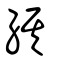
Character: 綨